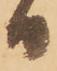
日